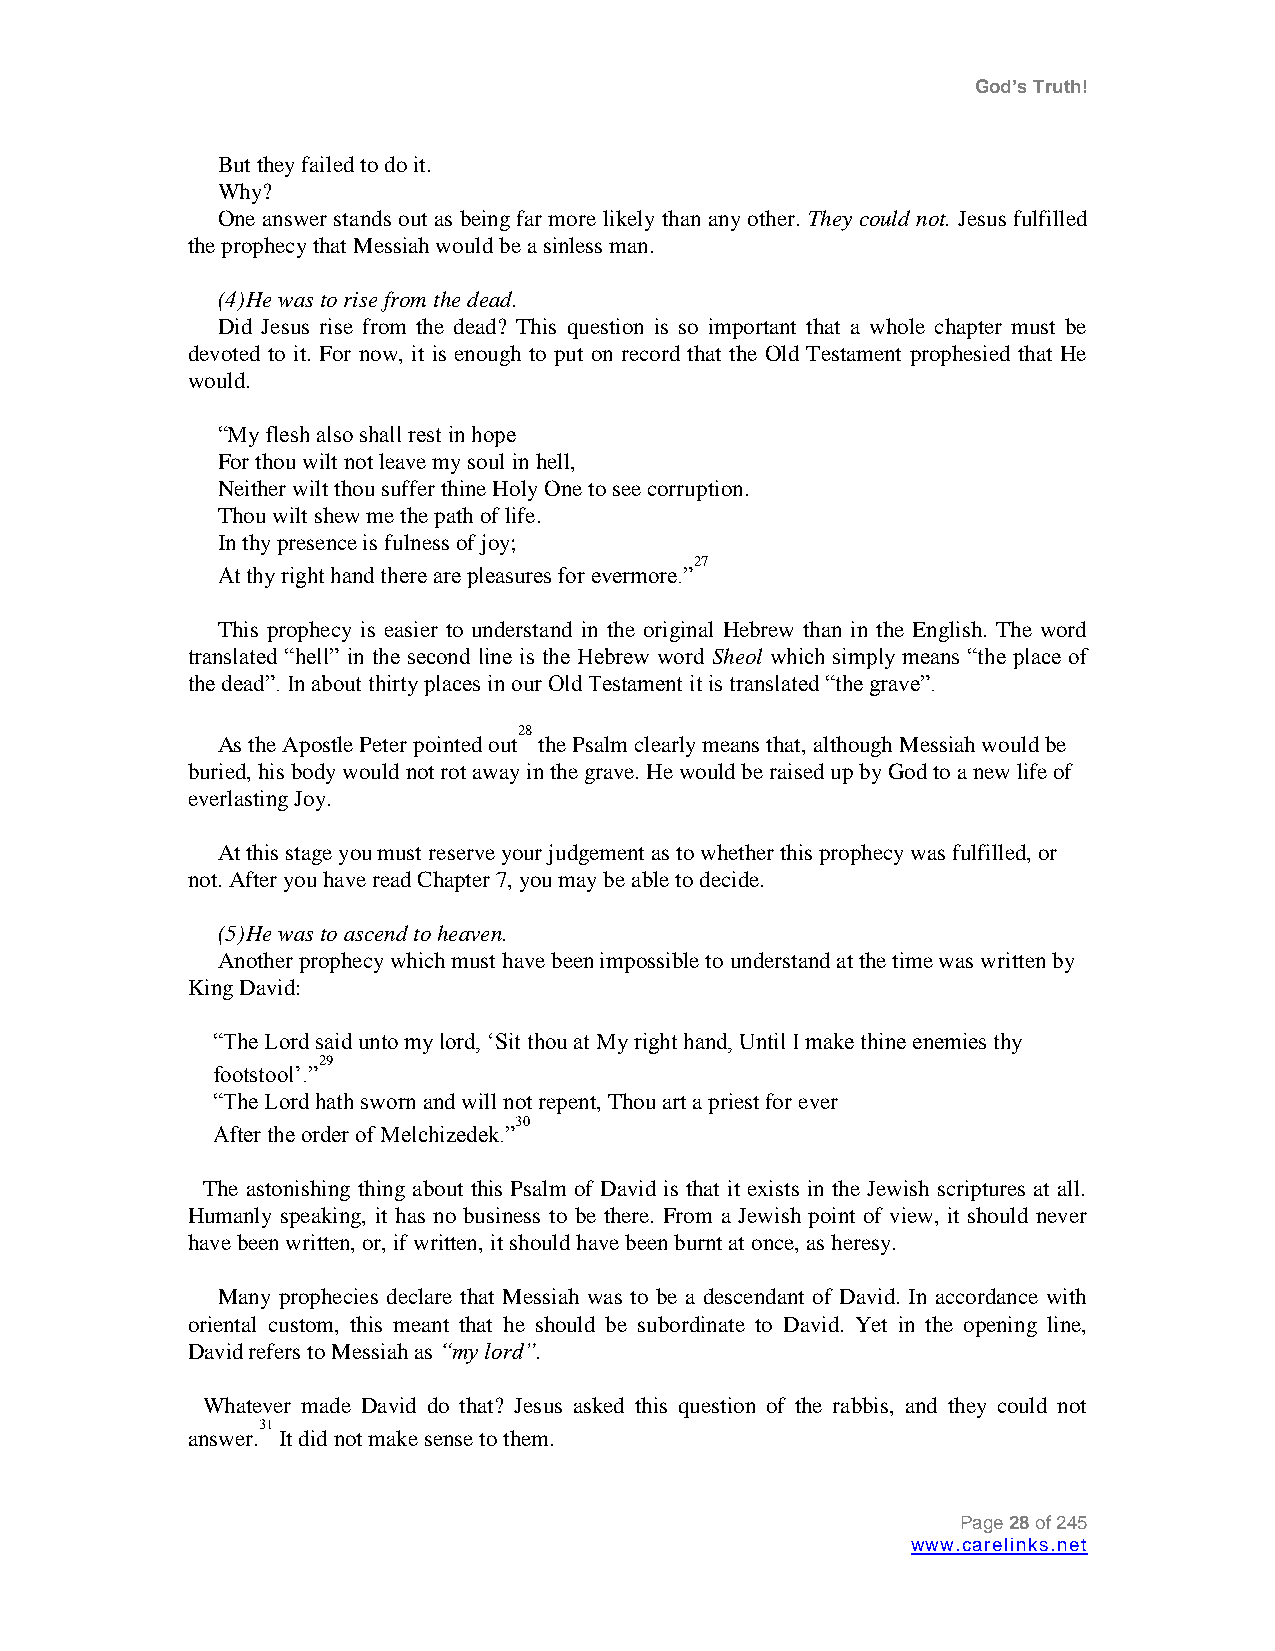
God’s Truth!
 But they failed to do it.
 Why?
 One answer stands out as being far more likely than any other. They could not. Jesus fulfilled
 the prophecy that Messiah would be a sinless man.
 (4) He was to rise from the dead.
 Did Jesus rise from the dead? This question is so important that a whole chapter must be
 devoted to it. For now, it is enough to put on record that the Old Testament prophesied that He
 would.
 “My flesh also shall rest in hope
 For thou wilt not leave my soul in hell,
 Neither wilt thou suffer thine Holy One to see corruption.
 Thou wilt shew me the path of life.
 In thy presence is fulness of joy;
 27
 At thy right hand there are pleasures for evermore.”
 This prophecy is easier to understand in the original Hebrew than in the English. The word
 translated “hell” in the second line is the Hebrew word Sheol which simply means “the place of
 the dead”. In about thirty places in our Old Testament it is translated “the grave”.
 As the Apostle Peter pointed
 out28
 the Psalm clearly means that, although Messiah would be
 buried, his body would not rot away in the grave. He would be raised up by God to a new life of
 everlasting Joy.
 At this stage you must reserve your judgement as to whether this prophecy was fulfilled, or
 not. After you have read Chapter 7, you may be able to decide.
 (5) He was to ascend to heaven.
 Another prophecy which must have been impossible to understand at the time was written by
 King David:
 “The Lord said unto my lord, „Sit thou at My right hand, Until I make thine enemies thy
 29
 footstool‟.”
 “The Lord hath sworn and will not repent, Thou art a priest for ever
 30
 After the order of Melchizedek.”
 The astonishing thing about this Psalm of David is that it exists in the Jewish scriptures at all.
 Humanly speaking, it has no business to be there. From a Jewish point of view, it should never
 have been written, or, if written, it should have been burnt at once, as heresy.
 Many prophecies declare that Messiah was to be a descendant of David. In accordance with
 oriental custom, this meant that he should be subordinate to David. Yet in the opening line,
 David refers to Messiah as “my lord”.
 Whatever made David do that? Jesus asked this question of the rabbis, and they could not
 answer.31
 It did not make sense to them.
 Page 28 of 245
 www.carelinks.net